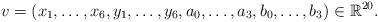
LaTeX: \begin{align*}v=(x_1,\ldots,x_6,y_1,\ldots,y_6,a_0,\ldots,a_3,b_0,\ldots,b_3) \in \mathbb{R}^{20}.\end{align*}